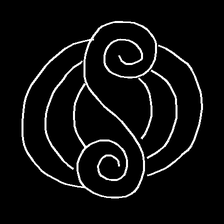
Glyph: wind-underfoot